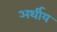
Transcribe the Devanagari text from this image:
अर्थीय